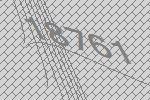
18761